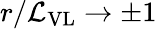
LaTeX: r/\mathcal{L}_{\mathrm{VL}}\to\pm 1